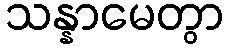
သန္နာမေတွာ